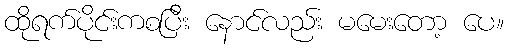
ထိုရက်ပိုင်းကစပြီး နောင်လည်း မမေးတော့ ပေ။